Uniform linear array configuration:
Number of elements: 32
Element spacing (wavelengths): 0.25
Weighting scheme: hamming
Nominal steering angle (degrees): -30
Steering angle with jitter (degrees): -28.384
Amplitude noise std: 0.05
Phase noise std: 0.05

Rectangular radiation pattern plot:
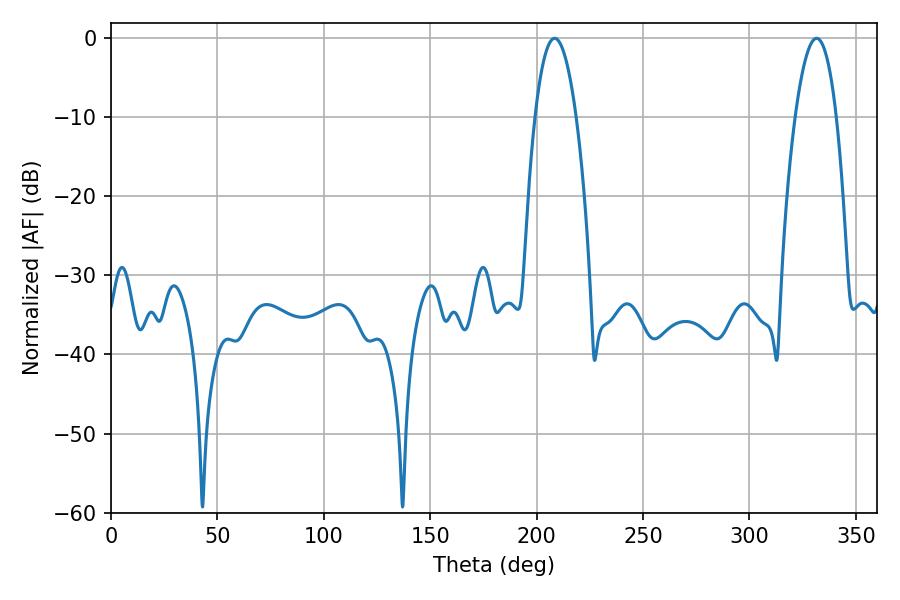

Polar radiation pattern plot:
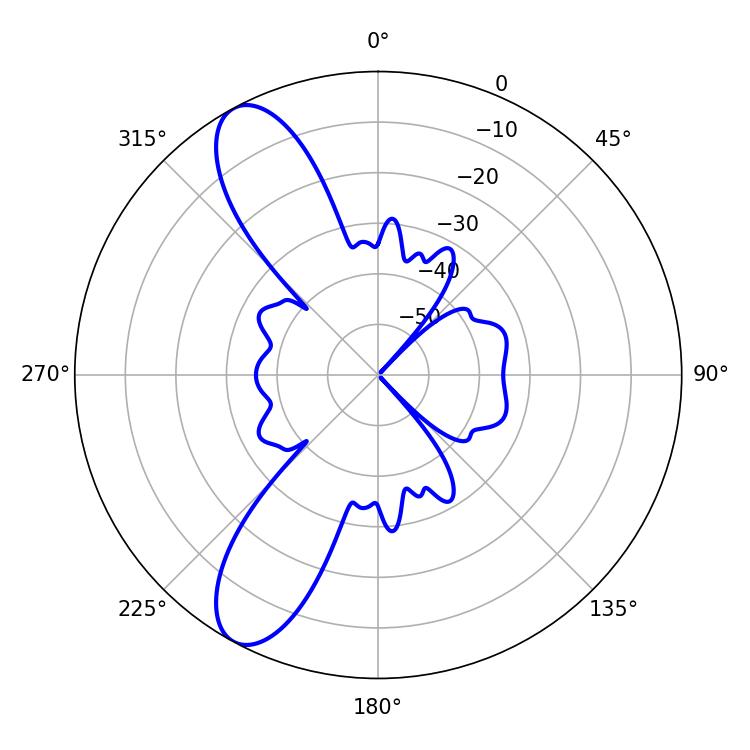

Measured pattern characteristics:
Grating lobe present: FALSE
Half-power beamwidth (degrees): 10.8
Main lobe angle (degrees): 208.44